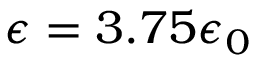
\epsilon = 3 . 7 5 \epsilon _ { 0 }